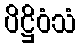
ပိဋ္ဌိဝံသံ